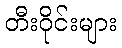
တီးဝိုင်းများ